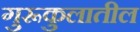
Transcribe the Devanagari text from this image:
गुरूकुलातील